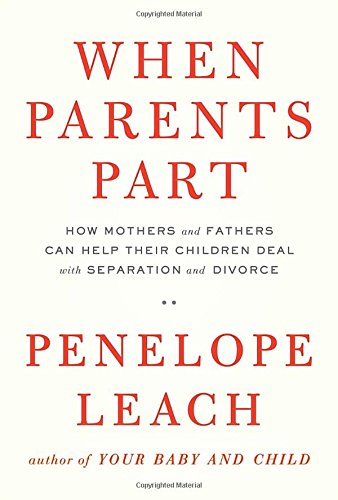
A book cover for When Parents Part: How Mothers and Fathers Can Help Their Children Deal with Separation and Divorce; Penelope Leach; Parenting & Relationships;